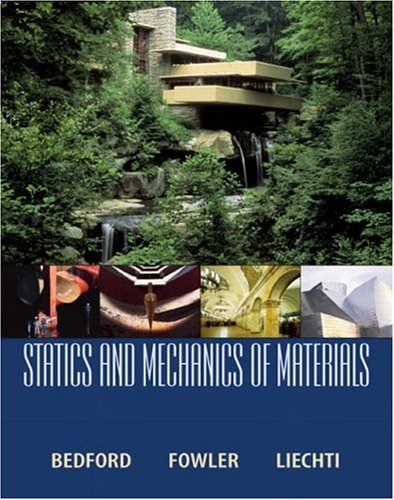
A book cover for Statics and Mechanics of Materials; Anthony M. Bedford; Science & Math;